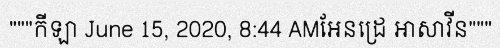
"""កីឡា June 15, 2020, 8:44 AMអែនដ្រេ អាសាវីន"""